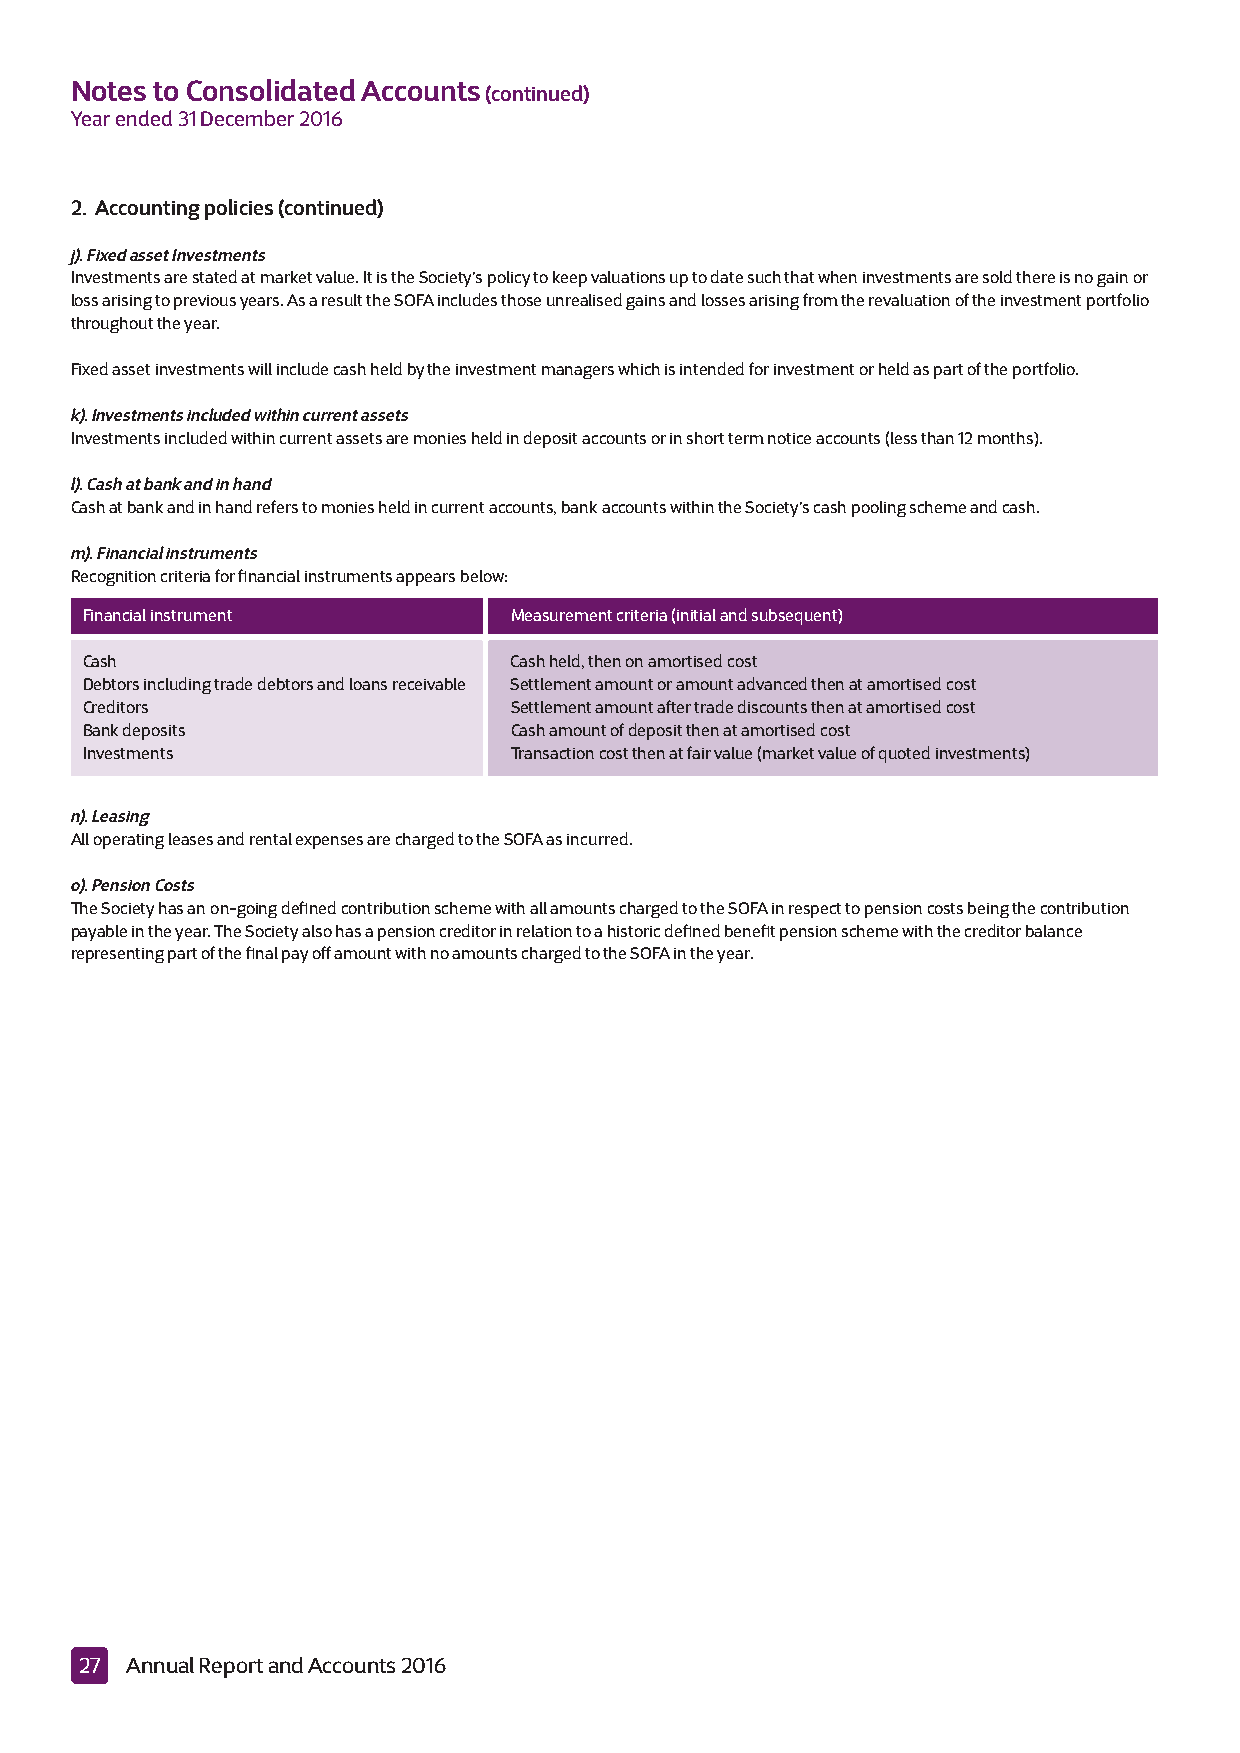
Notes to Consolidated Accounts(continued)
 Year ended 31 December 2016
 2. Accounting policies (continued)
 j). Fixed asset Investments
 Investments are stated at market value. It is the Society’s policy to keep valuations up to date such that when investments are sold there is no gain or
 loss arising to previous years. As a result the SOFA includes those unrealised gains and losses arising from the revaluation of the investment portfolio
 throughout the year.
 Fixed asset investments will include cash held by the investment managers which is intended for investment or held as part of the portfolio.
 k). Investments included within current assets
 Investments included within current assets are monies held in deposit accounts or in short term notice accounts (less than 12 months).
 l). Cash at bank and in hand
 Cash at bank and in hand refers to monies held in current accounts, bank accounts within the Society’s cash pooling scheme and cash.
 m). Financial instruments
 Recognition criteria for financial instruments appears below:
 Financial instrument         Measurement criteria (initial and subsequent)
 Cash                         Cash held, then on amortised cost
 Debtors including trade debtors and loans receivable Settlement amount or amount advanced then at amortised cost
 Creditors                    Settlement amount after trade discounts then at amortised cost
 Bank deposits                Cash amount of deposit then at amortised cost
 Investments                  Transaction cost then at fair value (market value of quoted investments)
 n). Leasing
 All operating leases and rental expenses are charged to the SOFA as incurred.
 o). Pension Costs
 The Society has an on-going defined contribution scheme with all amounts charged to the SOFA in respect to pension costs being the contribution
 payable in the year. The Society also has a pension creditor in relation to a historic defined benefit pension scheme with the creditor balance
 representing part of the final pay off amount with no amounts charged to the SOFA in the year.
 27 Annual Report and Accounts 2016